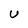
Character: U